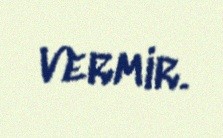
vermir.